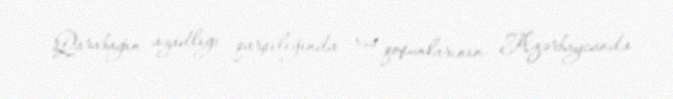
- Qarabağın azadlığı qarşılığında rus qoşunlarının Azərbaycanda